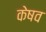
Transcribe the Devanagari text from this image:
केषव